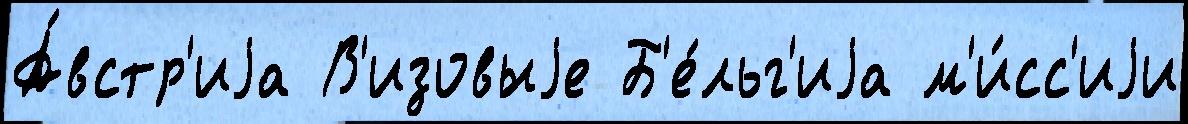
А́встр'иjа В'изовыjе Б'е́льг'иjа м'и́сс'иjи